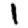
Digit: 1